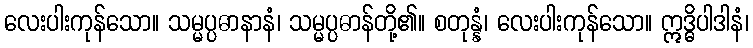
လေးပါးကုန်သော။ သမ္မပ္ပဓာနာနံ၊ သမ္မပ္ပဓာန်တို့၏။ စတုန္နံ၊ လေးပါးကုန်သော။ ဣဒ္ဓိပါဒါနံ၊